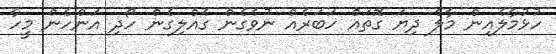
ހުޅުމާލެއިން މާލެ ދިޔަ ގޮތައް ހަބަރެއް ނުވެގެން ގެއްލިގެން ހޯދި އަންހެން މީހާ